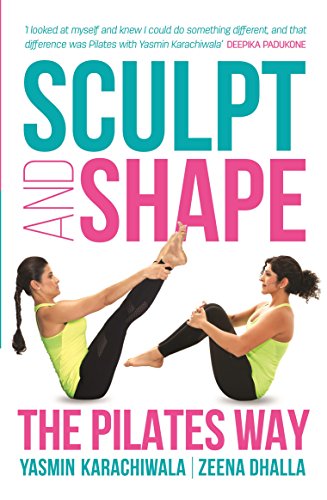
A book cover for Sculpt and Shape: The Pilates Way; Yasmin Karachiwala; Health, Fitness & Dieting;